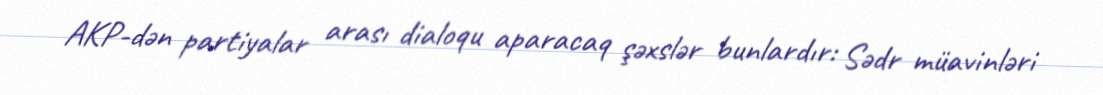
AKP-dən partiyalar arası dialoqu aparacaq şəxslər bunlardır: Sədr müavinləri